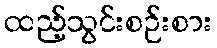
ထည့်သွင်းစဉ်းစား